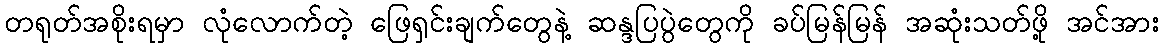
တရုတ်အစိုးရမှာ လုံလောက်တဲ့ ဖြေရှင်းချက်တွေနဲ့ ဆန္ဒပြပွဲတွေကို ခပ်မြန်မြန် အဆုံးသတ်ဖို့ အင်အား